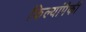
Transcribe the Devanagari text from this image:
किल्यांपैकी